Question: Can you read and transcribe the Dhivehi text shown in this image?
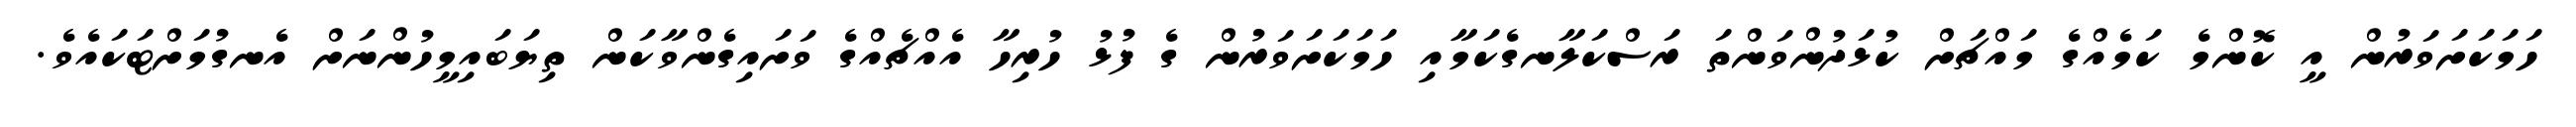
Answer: ހަމަކަށަވަރުން އީ ކޮންމެ ކަމެއްގެ މައްޗަށް ކުޅަދުންވަންތަ ރަސްކަލާނގެކަމާއި ހަމަކަށަވަރުން ގެ ފުޅު ހުރިހާ އެއްޗެއްގެ ވަށައިގެންވާކަން ތިޔަބައިމީހުންނަށް އެނގުމަށްޓަކައެވެ.